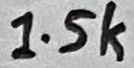
Text: 1.5k